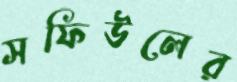
সফিউলের